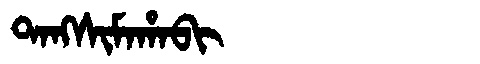
Manchu: ᡨᠠᠩᠰᡳᠮᠠᡥᠠᠪᡳ
Romanization: TANGSIMAHABI